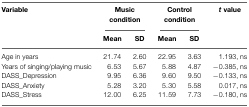
<table><thead><tr><td><b>Variable</b></td><td colspan="2"><b>Music condition</b></td><td colspan="2"><b>Control condition</b></td><td><b><i>t</i> value</b></td></tr><tr><td></td><td><b>Mean</b></td><td><b>SD</b></td><td><b>Mean</b></td><td><b>SD</b></td><td></td></tr></thead><tbody><tr><td>Age in years</td><td>21.74</td><td>2.60</td><td>22.95</td><td>3.63</td><td>hbox1.193, ns</td></tr><tr><td>Years of singing/playing music</td><td>6.53</td><td>5.67</td><td>5.88</td><td>4.87</td><td>−0.385, ns</td></tr><tr><td>DASS_Depression</td><td>9.95</td><td>6.36</td><td>9.60</td><td>9.50</td><td>−0.133, ns</td></tr><tr><td>DASS_Anxiety</td><td>5.28</td><td>3.20</td><td>5.30</td><td>5.58</td><td>0.017, ns</td></tr><tr><td>DASS_Stress</td><td>12.00</td><td>6.25</td><td>11.59</td><td>7.73</td><td>−0.180, ns</td></tr></tbody></table>